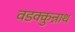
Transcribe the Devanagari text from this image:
वडक्कुन्नाथ